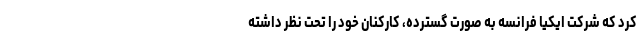
کرد که شرکت ایکیا فرانسه به صورت گسترده، کارکنان خود را تحت نظر داشته